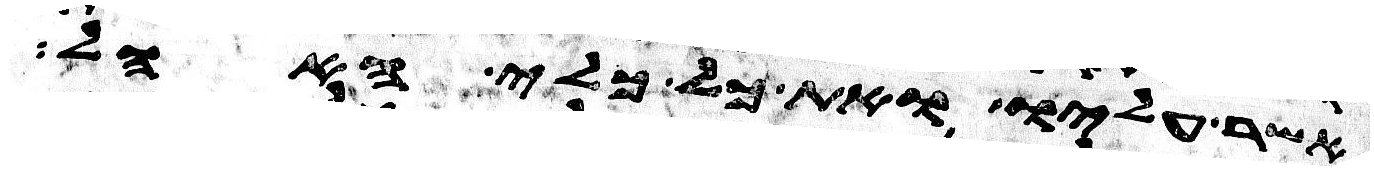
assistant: אשר עליו ואת כל כלי האהל